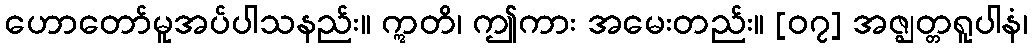
ဟောတော်မူအပ်ပါသနည်း။ ဣတိ၊ ဤကား အမေးတည်း။ [၀၇] အဇ္ဈတ္တရူပါနံ၊